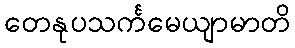
တေနုပသင်္ကမေယျာမာတိ